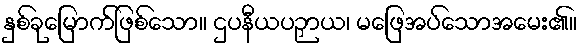
နှစ်ခုမြောက်ဖြစ်သော။ ဌပနီယပဉှာယ၊ မဖြေအပ်သောအမေး၏။